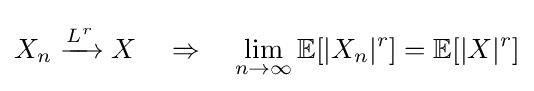
{\overset {}{X_{n}\xrightarrow {L^{r}} X}}\quad \Rightarrow \quad \lim _{n\to \infty }\mathbb {E} [|X_{n}|^{r}]=\mathbb {E} [|X|^{r}]